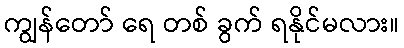
ကျွန်တော် ရေ တစ် ခွက် ရနိုင်မလား။